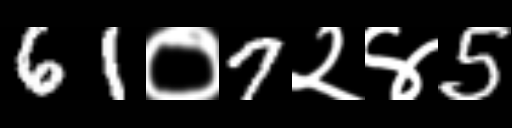
Text: 61०7२४5